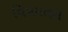
વિષમતલ